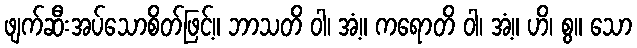
ဖျက်ဆီးအပ်သောစိတ်ဖြင့်။ ဘာသတိ ဝါ၊ အံ့။ ကရောတိ ဝါ၊ အံ့။ ဟိ၊ စွ။ သော